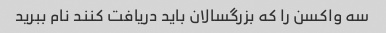
سه واکسن را که بزرگسالان باید دریافت کنند نام ببرید